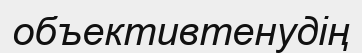
объективтенудің